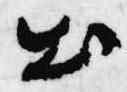
出